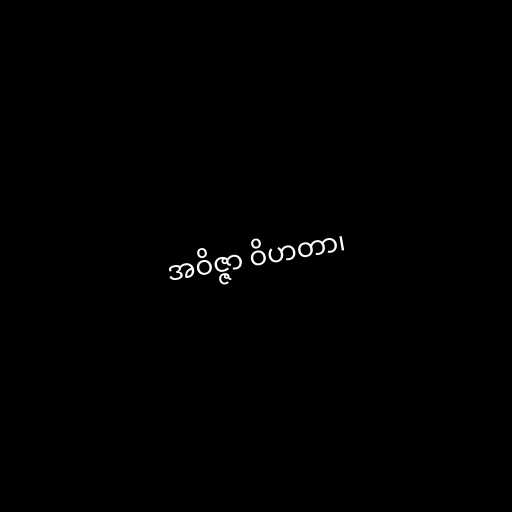
အဝိဇ္ဇာ ဝိဟတာ၊